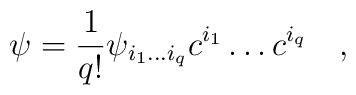
\psi = {1 \over q!} \psi_{i_1 \ldots i_q} c^{i_1} \ldots c^{i_q} \quad ,